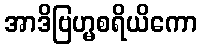
အာဒိဗြဟ္မစရိယိကော